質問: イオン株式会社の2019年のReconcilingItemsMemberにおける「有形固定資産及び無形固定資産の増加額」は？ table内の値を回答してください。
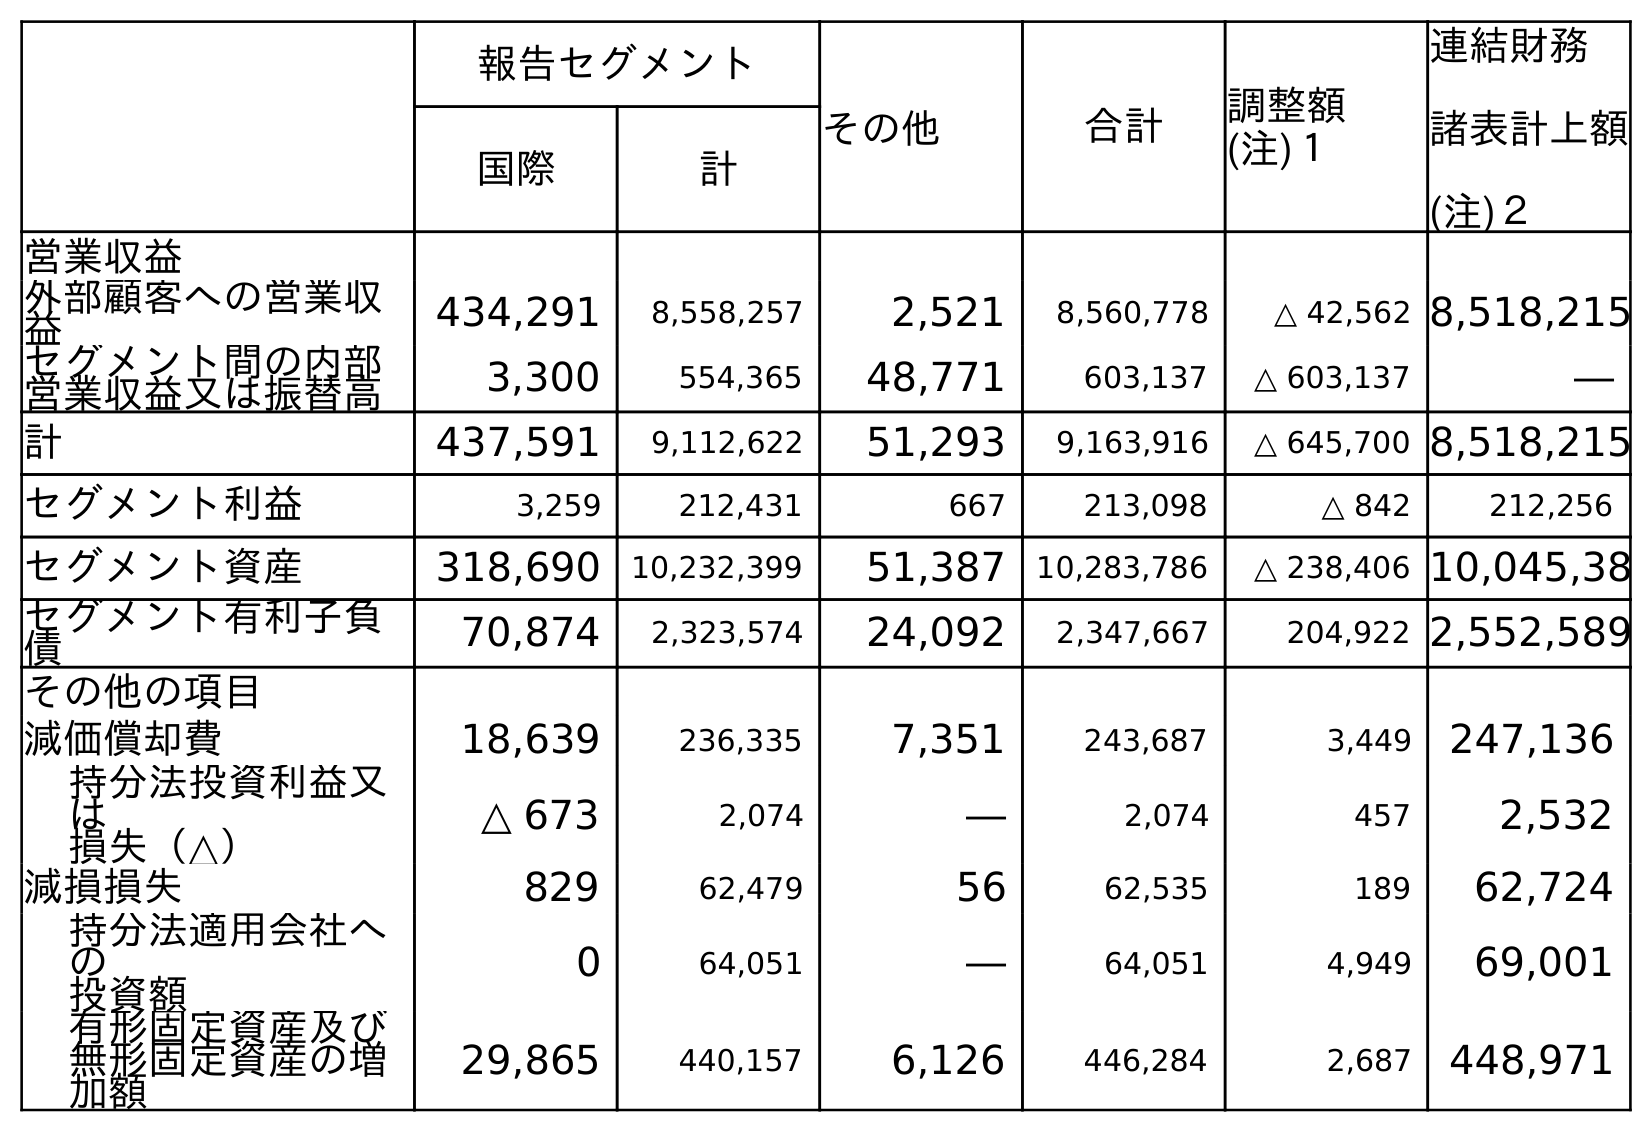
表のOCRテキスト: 報告セグメント その他 合計 調整額 (注)１ 連結財務 諸表計上額 (注)２ 国際 計 営業収益 外部顧客への営業収 益 434,291 8,558,257 2,521 8,560,778 △ 42,562 8,518,215 セグメント間の内部 営業収益又は振替高 3,300 554,365 48,771 603,137 △ 603,137 ― 計 437,591 9,112,622 51,293 9,163,916 △ 645,700 8,518,215 セグメント利益 3,259 212,431 667 213,098 △ 842 212,256 セグメント資産 318,690 10,232,399 51,387 10,283,786 △ 238,406 10,045,38 セグメント有利子負 債 70,874 2,323,574 24,092 2,347,667 204,922 2,552,589 その他の項目 減価償却費 18,639 236,335 7,351 243,687 3,449 247,136 持分法投資利益又 は 損失（△） △ 673 2,074 ― 2,074 457 2,532 減損損失 829 62,479 56 62,535 189 62,724 持分法適用会社へ の 投資額 0 64,051 ― 64,051 4,949 69,001 有形固定資産及び 無形固定資産の増 加額 29,865 440,157 6,126 446,284 2,687 448,971
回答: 2,687